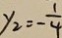
y _ { 2 } = - \frac { 1 } { 4 }